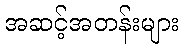
အဆင့်အတန်းများ